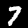
Label: 7